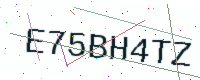
Text: E75BH4TZ